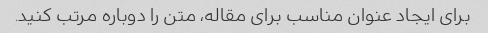
برای ایجاد عنوان مناسب برای مقاله، متن را دوباره مرتب کنید.